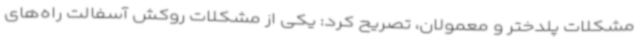
مشکلات پلدختر و معمولان، تصریح کرد: یکی از مشکلات روکش آسفالت راه‌های